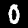
Digit: 0